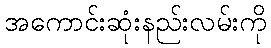
အကောင်းဆုံးနည်းလမ်းကို